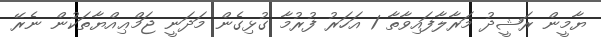
ޔާމީން ރަޝީދު މަރާލާފައިވާތާ 1 އަހަރު ފުރުމާ ގުޅިގެން މަދަނީ ޖަމްޢިއްޔާތަކުން ނެރޭ